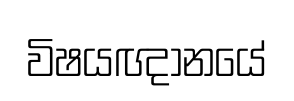
විෂයඥානයේ